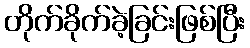
တိုက်ခိုက်ခဲ့ခြင်းဖြစ်ပြီး